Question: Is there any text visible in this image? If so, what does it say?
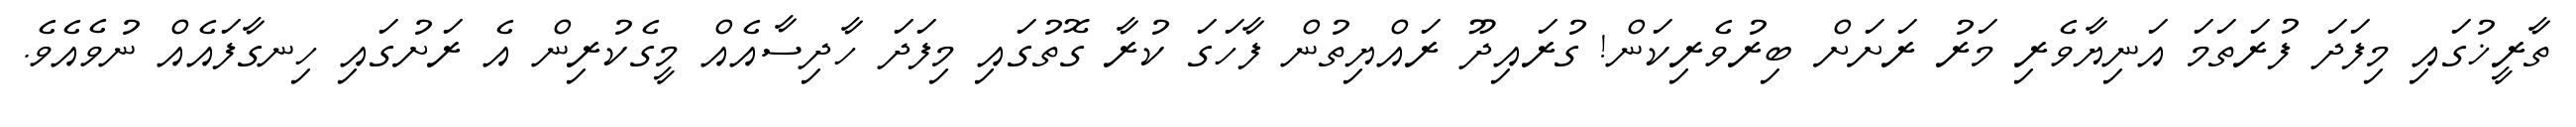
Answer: ތާރީޚުގައި މިފަދަ ފުރަތަމަ އަނިޔާވެރި މަރު ރަށަށް ބިރުވެރިކަން! ގުރައިދޫ ރައްޔިތުން ފާހަގަ ކުރާ ގޮތުގައި މިފަދަ ހާދިސާއެއް މީގެކުރިން އެ ރަށުގައި ހިނގާފައެއް ނުވެއެވެ.